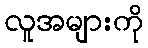
လူအများကို